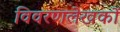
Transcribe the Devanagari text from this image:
विवरणलेखकों